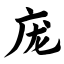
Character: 庞